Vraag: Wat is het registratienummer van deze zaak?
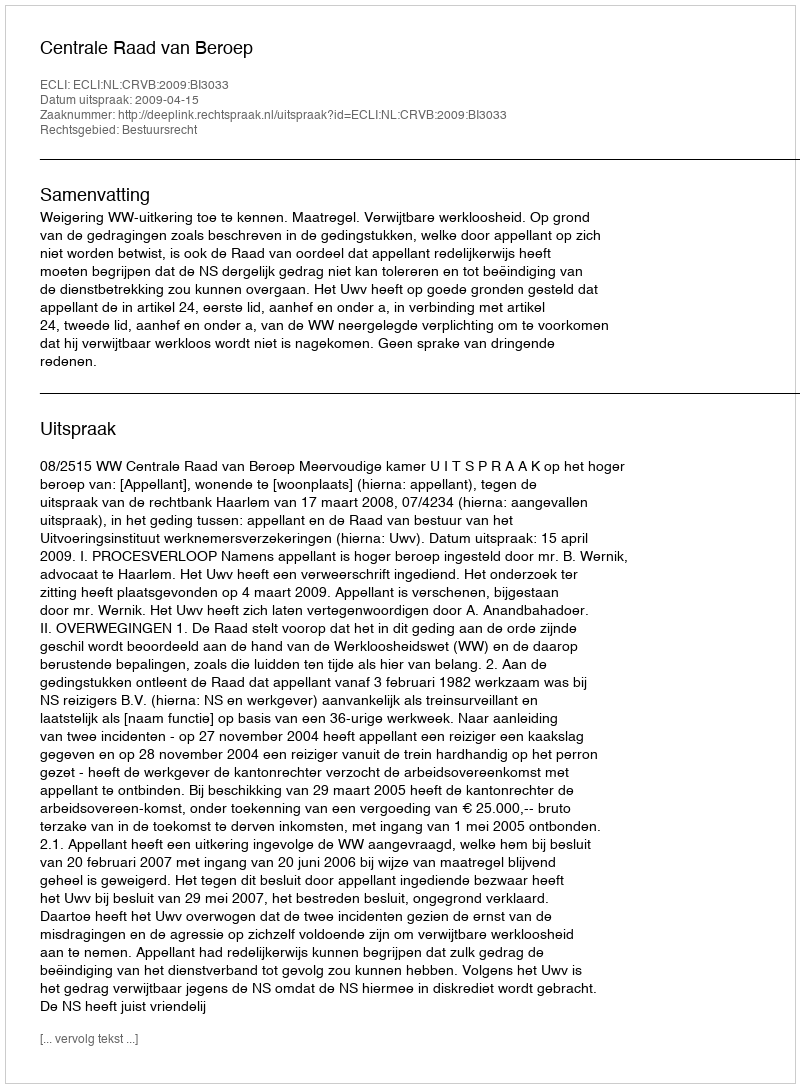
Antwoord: http://deeplink.rechtspraak.nl/uitspraak?id=ECLI:NL:CRVB:2009:BI3033